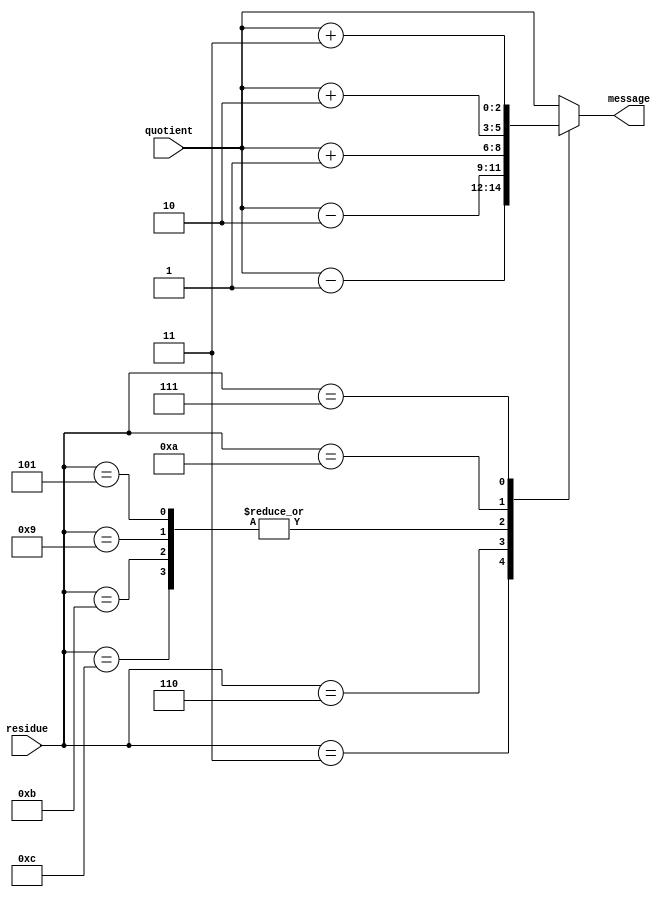
// an decoder for n-13 with LUT
`timescale 1ns / 1ps
module an_decoder_n13(input [2:0] quotient,input [3:0]residue,output reg [2:0]message

    );
   //parameter A=13;
   
   always@(*)begin
   case(residue)
        4'd1:  message =     quotient;
        4'd2:  message =     quotient;
        4'd4:  message =     quotient;
        4'd8:  message =     quotient;
        4'd3:  message =     quotient-'d1;
        4'd6:  message =     quotient-'d2;
        4'd12: message =     quotient+'d1;
        4'd11: message =     quotient+'d1;
        4'd9:  message =     quotient+'d1;
        4'd5:  message =     quotient+'d1;
        4'd10: message =     quotient+'d2;
        4'd7:  message =     quotient+'d3;
        default:message =quotient;
       endcase
    end
endmodule